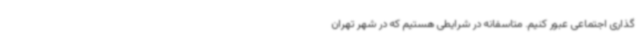
گذاری اجتماعی عبور کنیم. متاسفانه در شرایطی هستیم که در شهر تهران